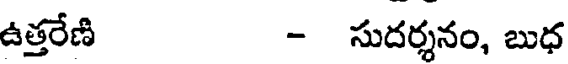
ఉత్తరేణి - సుదర్శనం, బుధ